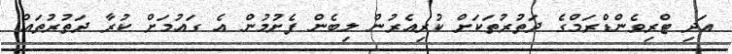
އަދި ޓްރިވެންޑްރަމްގެ ދަތުރުތަކަށް ކުރިއެރުން ލިބެން ފެށުމުން އެ ގައުމަށް ކުރާ ދަތުރުތައް